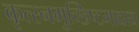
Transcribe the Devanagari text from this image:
कृत्स्नमुच्छिष्टमादाय